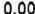
0.00